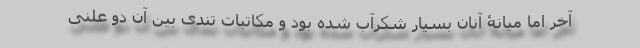
آخر اما میانۀ آنان بسیار شکرآب شده بود و مکاتبات تندی بین آن دو علنی